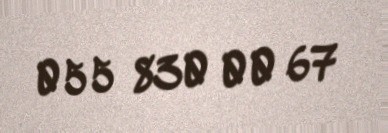
055 830 00 67